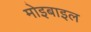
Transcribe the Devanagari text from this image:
मोइबाइल